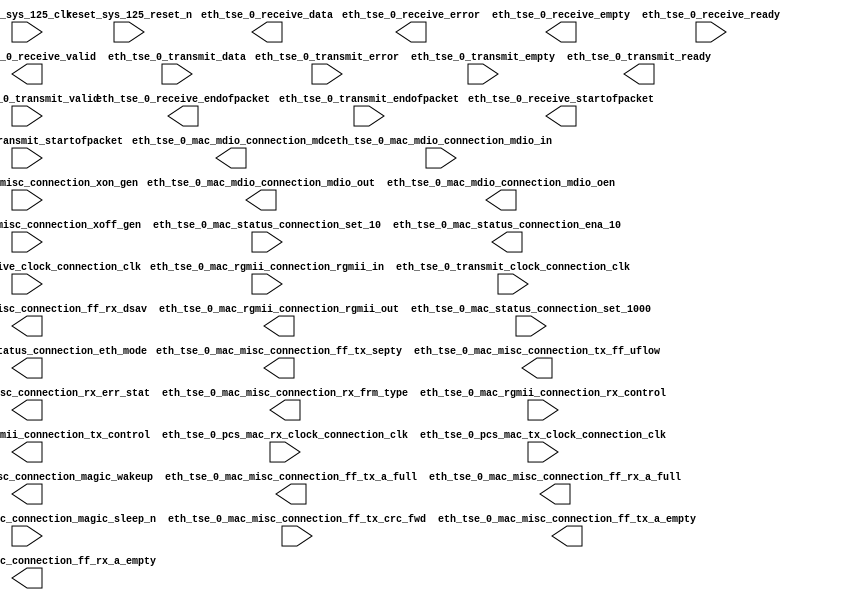

module fyp_max10_tse_sys (
	clk_sys_125_clk,
	eth_tse_0_mac_mdio_connection_mdc,
	eth_tse_0_mac_mdio_connection_mdio_in,
	eth_tse_0_mac_mdio_connection_mdio_out,
	eth_tse_0_mac_mdio_connection_mdio_oen,
	eth_tse_0_mac_misc_connection_xon_gen,
	eth_tse_0_mac_misc_connection_xoff_gen,
	eth_tse_0_mac_misc_connection_magic_wakeup,
	eth_tse_0_mac_misc_connection_magic_sleep_n,
	eth_tse_0_mac_misc_connection_ff_tx_crc_fwd,
	eth_tse_0_mac_misc_connection_ff_tx_septy,
	eth_tse_0_mac_misc_connection_tx_ff_uflow,
	eth_tse_0_mac_misc_connection_ff_tx_a_full,
	eth_tse_0_mac_misc_connection_ff_tx_a_empty,
	eth_tse_0_mac_misc_connection_rx_err_stat,
	eth_tse_0_mac_misc_connection_rx_frm_type,
	eth_tse_0_mac_misc_connection_ff_rx_dsav,
	eth_tse_0_mac_misc_connection_ff_rx_a_full,
	eth_tse_0_mac_misc_connection_ff_rx_a_empty,
	eth_tse_0_mac_rgmii_connection_rgmii_in,
	eth_tse_0_mac_rgmii_connection_rgmii_out,
	eth_tse_0_mac_rgmii_connection_rx_control,
	eth_tse_0_mac_rgmii_connection_tx_control,
	eth_tse_0_mac_status_connection_set_10,
	eth_tse_0_mac_status_connection_set_1000,
	eth_tse_0_mac_status_connection_eth_mode,
	eth_tse_0_mac_status_connection_ena_10,
	eth_tse_0_pcs_mac_rx_clock_connection_clk,
	eth_tse_0_pcs_mac_tx_clock_connection_clk,
	eth_tse_0_receive_data,
	eth_tse_0_receive_endofpacket,
	eth_tse_0_receive_error,
	eth_tse_0_receive_empty,
	eth_tse_0_receive_ready,
	eth_tse_0_receive_startofpacket,
	eth_tse_0_receive_valid,
	eth_tse_0_receive_clock_connection_clk,
	eth_tse_0_transmit_data,
	eth_tse_0_transmit_endofpacket,
	eth_tse_0_transmit_error,
	eth_tse_0_transmit_empty,
	eth_tse_0_transmit_ready,
	eth_tse_0_transmit_startofpacket,
	eth_tse_0_transmit_valid,
	eth_tse_0_transmit_clock_connection_clk,
	reset_sys_125_reset_n);	

	input		clk_sys_125_clk;
	output		eth_tse_0_mac_mdio_connection_mdc;
	input		eth_tse_0_mac_mdio_connection_mdio_in;
	output		eth_tse_0_mac_mdio_connection_mdio_out;
	output		eth_tse_0_mac_mdio_connection_mdio_oen;
	input		eth_tse_0_mac_misc_connection_xon_gen;
	input		eth_tse_0_mac_misc_connection_xoff_gen;
	output		eth_tse_0_mac_misc_connection_magic_wakeup;
	input		eth_tse_0_mac_misc_connection_magic_sleep_n;
	input		eth_tse_0_mac_misc_connection_ff_tx_crc_fwd;
	output		eth_tse_0_mac_misc_connection_ff_tx_septy;
	output		eth_tse_0_mac_misc_connection_tx_ff_uflow;
	output		eth_tse_0_mac_misc_connection_ff_tx_a_full;
	output		eth_tse_0_mac_misc_connection_ff_tx_a_empty;
	output	[17:0]	eth_tse_0_mac_misc_connection_rx_err_stat;
	output	[3:0]	eth_tse_0_mac_misc_connection_rx_frm_type;
	output		eth_tse_0_mac_misc_connection_ff_rx_dsav;
	output		eth_tse_0_mac_misc_connection_ff_rx_a_full;
	output		eth_tse_0_mac_misc_connection_ff_rx_a_empty;
	input	[3:0]	eth_tse_0_mac_rgmii_connection_rgmii_in;
	output	[3:0]	eth_tse_0_mac_rgmii_connection_rgmii_out;
	input		eth_tse_0_mac_rgmii_connection_rx_control;
	output		eth_tse_0_mac_rgmii_connection_tx_control;
	input		eth_tse_0_mac_status_connection_set_10;
	input		eth_tse_0_mac_status_connection_set_1000;
	output		eth_tse_0_mac_status_connection_eth_mode;
	output		eth_tse_0_mac_status_connection_ena_10;
	input		eth_tse_0_pcs_mac_rx_clock_connection_clk;
	input		eth_tse_0_pcs_mac_tx_clock_connection_clk;
	output	[31:0]	eth_tse_0_receive_data;
	output		eth_tse_0_receive_endofpacket;
	output	[5:0]	eth_tse_0_receive_error;
	output	[1:0]	eth_tse_0_receive_empty;
	input		eth_tse_0_receive_ready;
	output		eth_tse_0_receive_startofpacket;
	output		eth_tse_0_receive_valid;
	input		eth_tse_0_receive_clock_connection_clk;
	input	[31:0]	eth_tse_0_transmit_data;
	input		eth_tse_0_transmit_endofpacket;
	input		eth_tse_0_transmit_error;
	input	[1:0]	eth_tse_0_transmit_empty;
	output		eth_tse_0_transmit_ready;
	input		eth_tse_0_transmit_startofpacket;
	input		eth_tse_0_transmit_valid;
	input		eth_tse_0_transmit_clock_connection_clk;
	input		reset_sys_125_reset_n;
endmodule